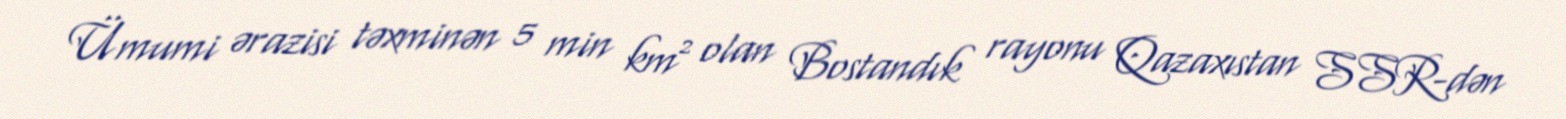
Ümumi ərazisi təxminən 5 min km² olan Bostandık rayonu Qazaxıstan SSR-dən